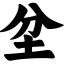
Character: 坌